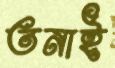
তনাই